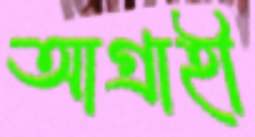
আগ্রাহী